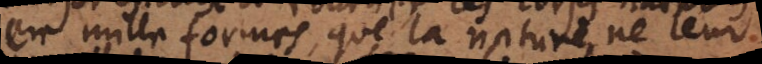
en mille formes, que la nature ne leur